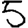
Digit: 5